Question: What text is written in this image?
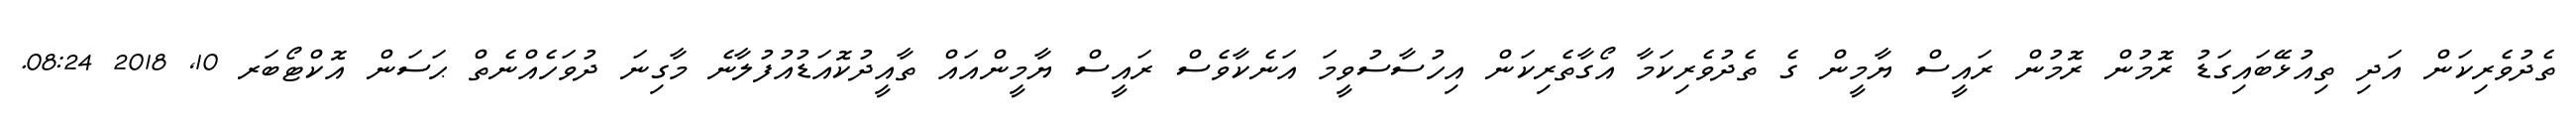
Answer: ތެދުވެރިކަން އަދި ތިއުޅޭބައިގަޑު ރޮމުން ރޮމުން ރައީސް ޔާމީން ގެ ތެދުވެރިކަމާ އޯގާތެރިކަން އިހުސާސުވީމަ އަނެކާވެސް ރައީސް ޔާމީންއައް ތާއީދުކޮއަޑުއުފުލާނެ މާގިނަ ދުވަހެއްނެތް ޙަސަން އޮކްޓޯބަރ 10, 2018 08:24.